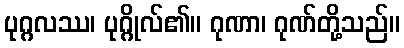
ပုဂ္ဂလဿ၊ ပုဂ္ဂိုလ်၏။ ဂုဏာ၊ ဂုဏ်တို့သည်။